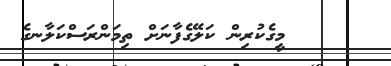
މީގެކުރިން ކަލޭގެފާނަށް ތިމަންރަސްކަލާނގެ